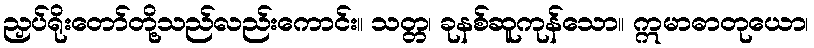
ညှပ်ရိုးတော်တို့သည်လည်းကောင်း။ သတ္တ၊ ခုနစ်ဆူကုန်သော။ ဣမာဓာတုယော၊